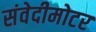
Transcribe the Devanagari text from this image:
संवेदीमोटर